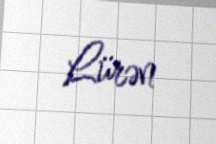
Lürən